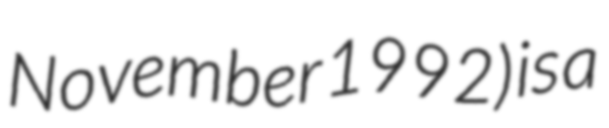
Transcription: November 1992) is a